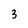
Character: 3